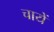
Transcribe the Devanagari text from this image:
चायें